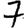
Digit: 7